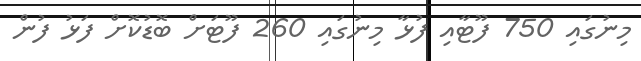
މިނުގައި 750 ފޫޓާއި ފުޅާ މިނުގައި 260 ފޫޓަށް ބޮޑުކޮށް ފަޅު ފުން